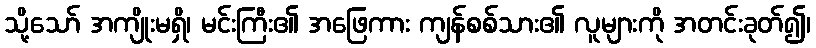
သို့သော် အကျိုးမရှိ၊ မင်းကြီး၏ အဖြေကား ကျန်စစ်သား၏ လူများကို အတင်းခုတ်၍၊